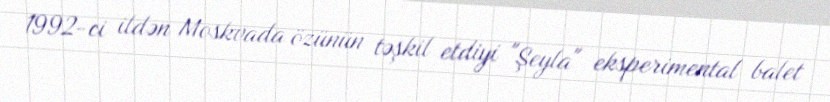
1992-ci ildən Moskvada özünün təşkil etdiyi "Şeyla" eksperimental balet